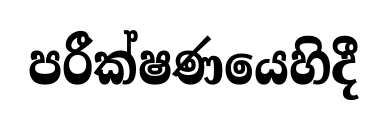
පරීක්ෂණයෙහිදී